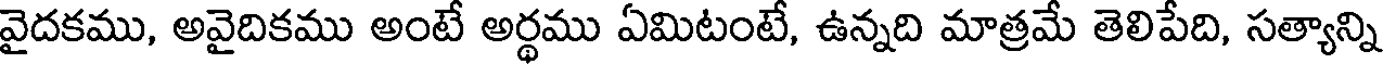
వైదకము, అవైదికము అంటే అర్థము ఏమిటంటే, ఉన్నది మాత్రమే తెలిపేది, సత్యాన్ని